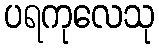
ပရကုလေသု